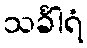
သင်္ခါရံ